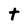
Character: t